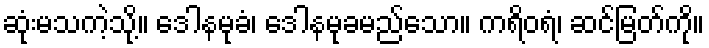
ဆုံးမသကဲ့သို့။ ဒေါနမုခံ၊ ဒေါနမုခမည်သော။ ကရိဝရံ၊ ဆင်မြတ်ကို။